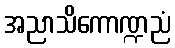
အညာသိကောဏ္ဍညံ